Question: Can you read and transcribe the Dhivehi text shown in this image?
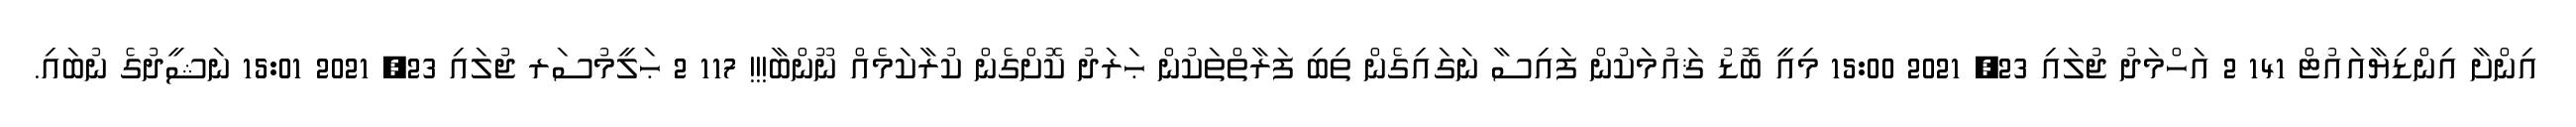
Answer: އިންށާ އިންޑިޔާއައުޓް 141 2 އަހްމަދު ޖުލައި 23, 2021 15:00 މިއީ ބޮޑު ޤައުމަކުން ފައިސާ ނަގައިގެން ތިބި ފަރާތްތަކުން ޙަރަދު ކޮށްގެން ކުރާކަމެއް ނޫންބާ!!! 117 2 ޙަލީމުސަރ ޖުލައި 23, 2021 15:01 ނަޝީދުގެ ނުބައި.